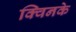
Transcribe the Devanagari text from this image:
क्विनके